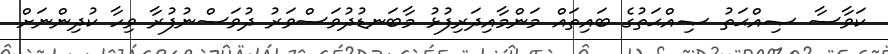
ކަވާސާ ޞިއްޙަތު ޞިއްޙަތުގެ ބައިތައް މަންމާއިދަރިފުޅު މާބަނޑުދުވަސްވަރު ދުވަސްނުފުރާ ވިހާ ކުދިންނަށް